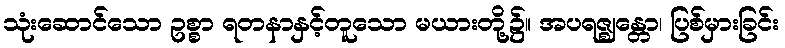
သုံးဆောင်သော ဥစ္စာ ရတနာနှင့်တူသော မယားတို့၌။ အပရဇ္ဈန္တော၊ ပြစ်မှားခြင်း